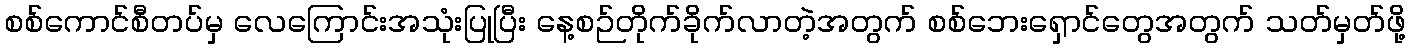
စစ်ကောင်စီတပ်မှ လေကြောင်းအသုံးပြုပြီး နေ့စဉ်တိုက်ခိုက်လာတဲ့အတွက် စစ်ဘေးရှောင်တွေအတွက် သတ်မှတ်ဖို့